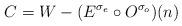
LaTeX: \begin{align*}C = W - (E^{\sigma_e} \circ O^{\sigma_o})(n)\end{align*}